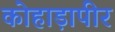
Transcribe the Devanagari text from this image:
कोहाड़ापीर